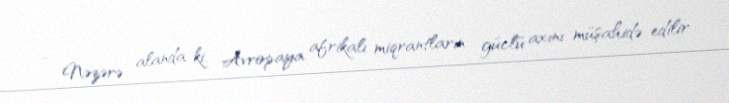
- Nəzərə alanda ki, Avropaya afrikalı miqrantların güclü axını müşahidə edilir